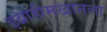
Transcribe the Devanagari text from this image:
इब्राहीमखानला